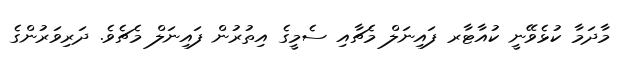
މާދަމާ ކުޅެވޭނީ ކުއާޓާރ ފައިނަލް މެޗާއި ސެމީގެ އިތުރުން ފައިނަލް މެޗެވެ. ދަރިވަރުންގެ